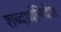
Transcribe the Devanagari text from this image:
शब्दार्थनिर्देश